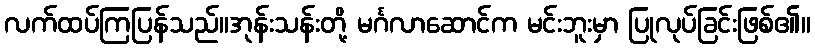
လက်ထပ်ကြပြန်သည်။အုန်းသန်းတို့ မင်္ဂလာဆောင်က မင်းဘူးမှာ ပြုလုပ်ခြင်းဖြစ်၏။